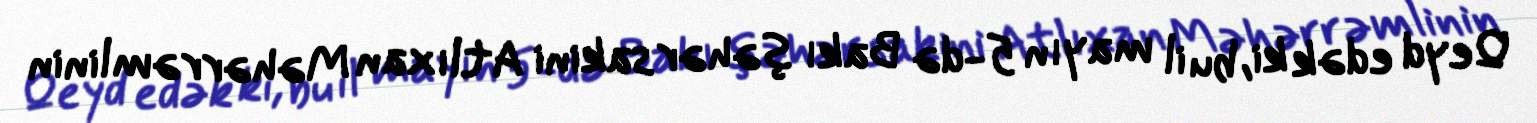
Qeyd edək ki, bu il mayın 5-də Bakı şəhər sakini Atlıxan Məhərrəmlinin